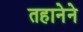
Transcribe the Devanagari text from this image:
तहानेने